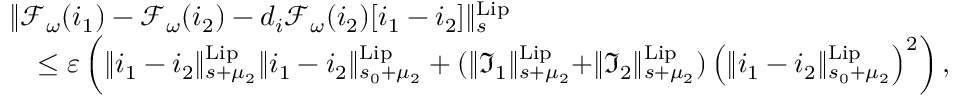
\begin{array} { r l } & { \rVert \mathcal { F } _ { \omega } ( i _ { 1 } ) - \mathcal { F } _ { \omega } ( i _ { 2 } ) - d _ { i } \mathcal { F } _ { \omega } ( i _ { 2 } ) [ i _ { 1 } - i _ { 2 } ] \rVert _ { s } ^ { \mathrm { L i p } } } \\ & { \quad \le \varepsilon \left( \rVert i _ { 1 } - i _ { 2 } \rVert _ { s + \mu _ { 2 } } ^ { \mathrm { L i p } } \rVert i _ { 1 } - i _ { 2 } \rVert _ { s _ { 0 } + \mu _ { 2 } } ^ { \mathrm { L i p } } + ( \rVert \mathfrak { I } _ { 1 } \rVert _ { s + \mu _ { 2 } } ^ { \mathrm { L i p } } + \rVert \mathfrak { I } _ { 2 } \rVert _ { s + \mu _ { 2 } } ^ { \mathrm { L i p } } ) \left( \rVert i _ { 1 } - i _ { 2 } \rVert _ { s _ { 0 } + \mu _ { 2 } } ^ { \mathrm { L i p } } \right) ^ { 2 } \right) , } \end{array}